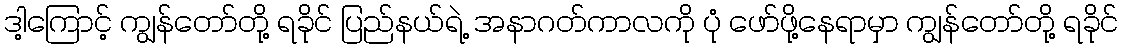
ဒါ့ကြောင့် ကျွန်တော်တို့ ရခိုင် ပြည်နယ်ရဲ့ အနာဂတ်ကာလကို ပုံ ဖော်ဖို့နေရာမှာ ကျွန်တော်တို့ ရခိုင်